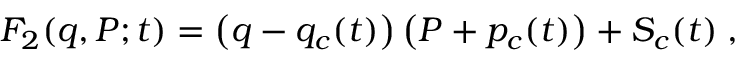
F _ { 2 } ( q , P ; t ) = \left( q - q _ { c } ( t ) \right) \left( P + p _ { c } ( t ) \right) + S _ { c } ( t ) \; ,